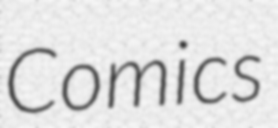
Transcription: Comics